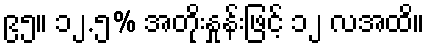
၉၅။ ၁၂.၅% အတိုးနှုန်းဖြင့် ၁၂ လအထိ။